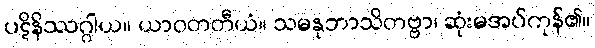
ပဋိနိဿဂ္ဂါယ။ ယာဝတတီယံ။ သမနုဘာသိတဗ္ဗာ၊ ဆုံးမအပ်ကုန်၏။